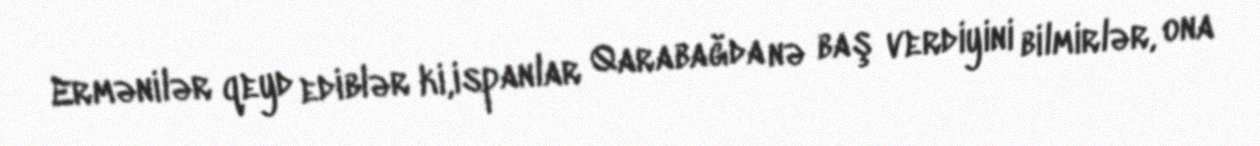
Ermənilər qeyd ediblər ki,ispanlar Qarabağda nə baş verdiyini bilmirlər, ona